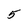
Character: 5